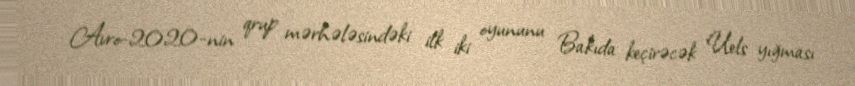
Avro-2020-nin qrup mərhələsindəki ilk iki oyununu Bakıda keçirəcək Uels yığması